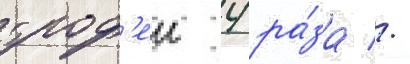
троф'еи 4 ра́за //